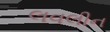
લવલીન